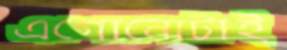
এগোনোটাই